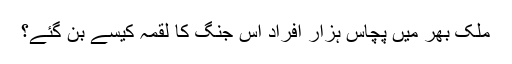
ملک بھر میں پچاس ہزار افراد اِس جنگ کا لقمہ کیسے بن گئے؟